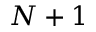
N + 1